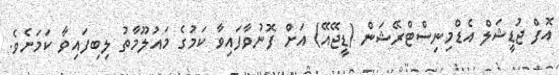
އޮފް ޖުޑީޝަލް އެޑްމިނިސްޓްރޭޝަން (ޑީޖޭއޭ) އަށް ފޮނުވާފައިވާ ކަމުގެ މައުލޫމާތު ލިބިފައިވާ ކަމަށެވެ.